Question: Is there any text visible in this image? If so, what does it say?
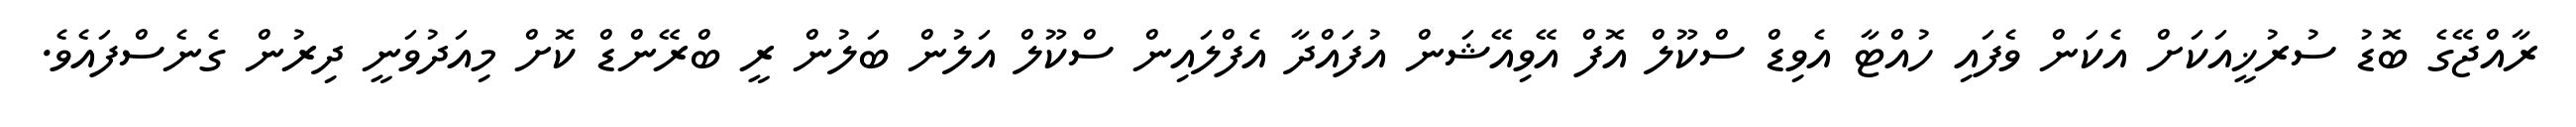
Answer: ރާއްޖޭގެ ބޮޑު ސުރުޚީއަކަށް އެކަން ވެފައި ހުއްޓާ އެވިޑް ސްކޫލް އޮފް އޭވިއޭޝަން އުފައްދާ އެފްލައިން ސްކޫލް އަލުން ބަލުން ރީ ބްރޭންޑް ކޮށް މިއަދުވަނީ ދިރުން ގެނެސްފައެވެ.